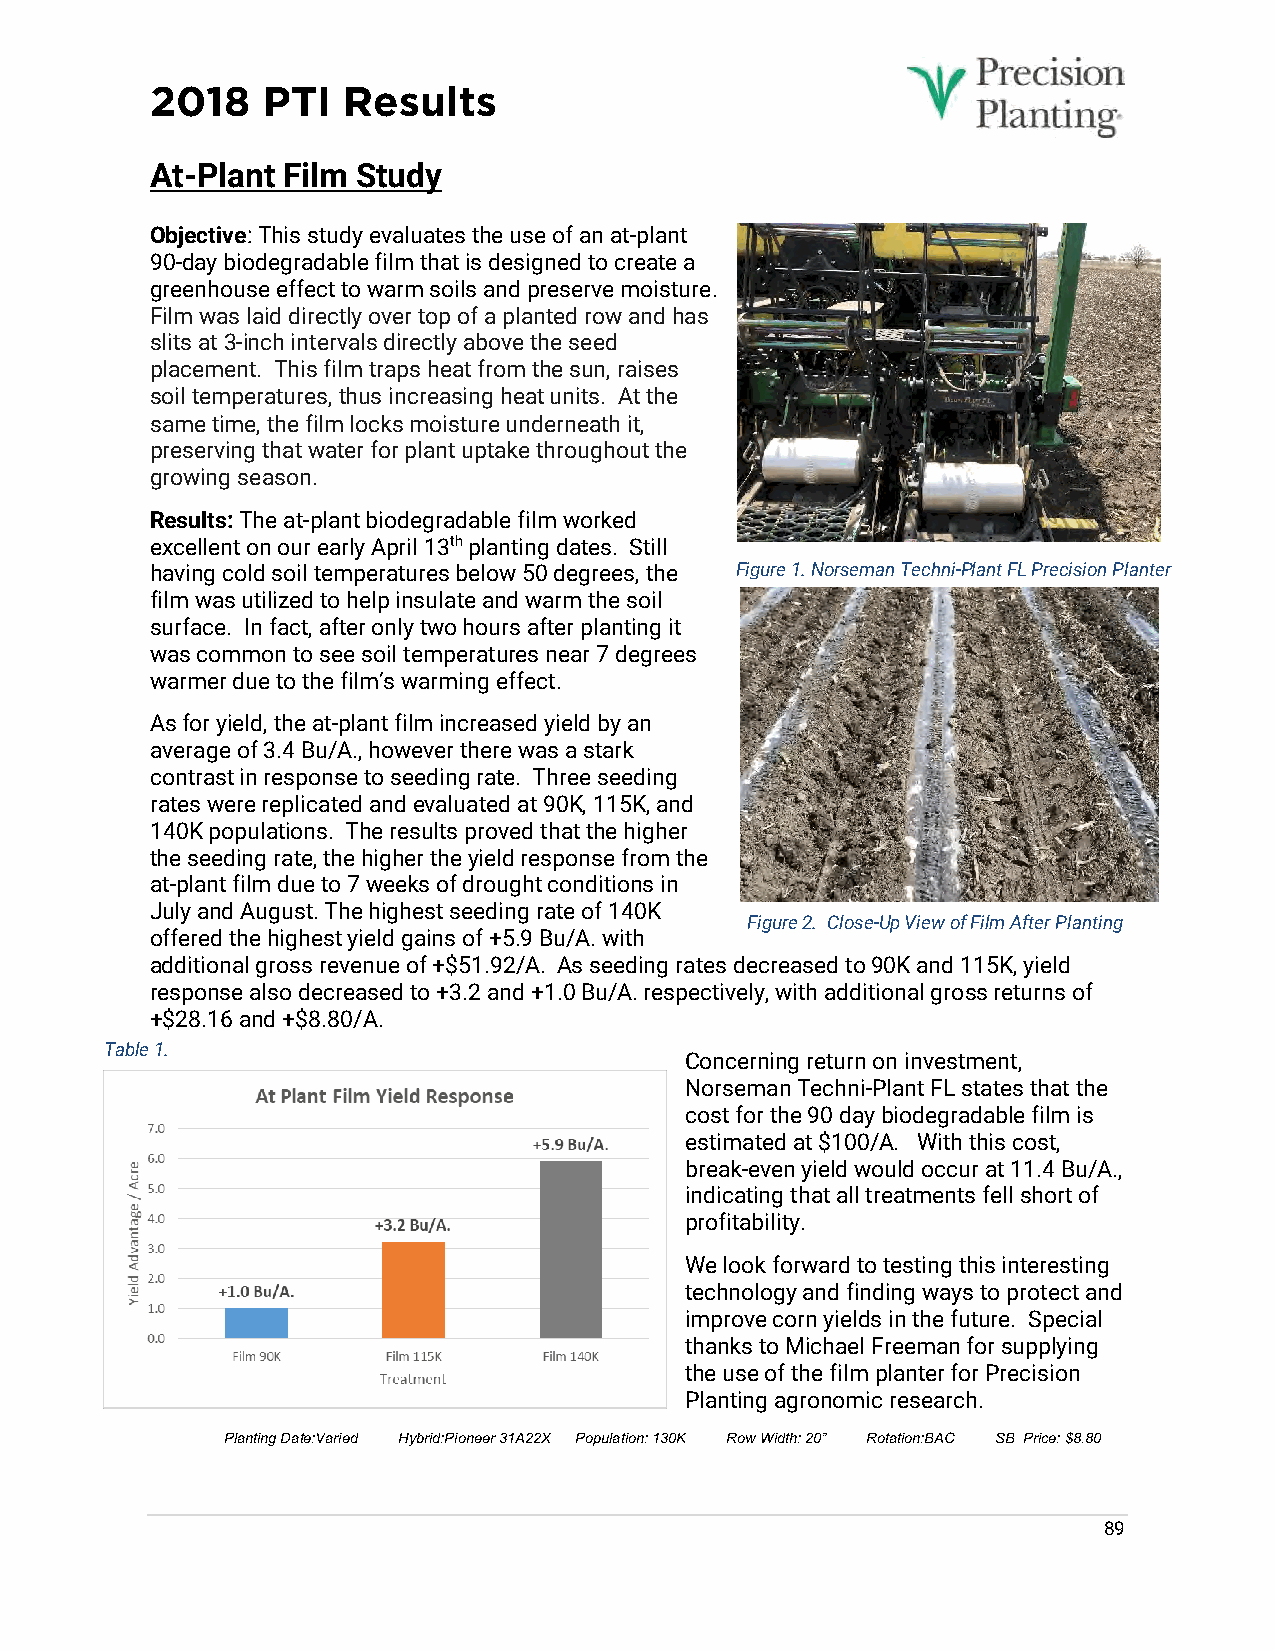
2018   PTI   Results
 At-Plant Film Study
 Objective: This study evaluates the use of an at-plant
 90-day biodegradable film that is designed to create a
 greenhouse effect to warm soils and preserve moisture.
 Film was laid directly over top of a planted row and has
 slits at 3-inch intervals directly above the seed
 placement. This film traps heat from the sun, raises
 soil temperatures, thus increasing heat units. At the
 same time, the film locks moisture underneath it,
 preserving that water for plant uptake throughout the
 growing season.
 Results: The at-plant biodegradable film worked
 excellent on our early April 13th planting dates. Still
 having cold soil temperatures below 50 degrees, the Figure 1. Norseman Techni-Plant FL Precision Planter
 film was utilized to help insulate and warm the soil
 surface. In fact, after only two hours after planting it
 was common to see soil temperatures near 7 degrees
 warmer due to the film’s warming effect.
 As for yield, the at-plant film increased yield by an
 average of 3.4 Bu/A., however there was a stark
 contrast in response to seeding rate. Three seeding
 rates were replicated and evaluated at 90K, 115K, and
 140K populations. The results proved that the higher
 the seeding rate, the higher the yield response from the
 at-plant film due to 7 weeks of drought conditions in
 July and August. The highest seeding rate of 140K
 Figure 2. Close-Up View of Film After Planting
 offered the highest yield gains of +5.9 Bu/A. with
 additional gross revenue of +$51.92/A. As seeding rates decreased to 90K and 115K, yield
 response also decreased to +3.2 and +1.0 Bu/A. respectively, with additional gross returns of
 +$28.16 and +$8.80/A.
 Table 1.
 Concerning return on investment,
 Norseman Techni-Plant FL states that the
 cost for the 90 day biodegradable film is
 estimated at $100/A. With this cost,
 break-even yield would occur at 11.4 Bu/A.,
 indicating that all treatments fell short of
 profitability.
 We look forward to testing this interesting
 technology and finding ways to protect and
 improve corn yields in the future. Special
 thanks to Michael Freeman for supplying
 the use of the film planter for Precision
 Planting agronomic research.
 Planting Date:Varied Hybrid:Pioneer 31A22X Population: 130K Row Width: 20” Rotation:BAC SB Price: $8.80
 89